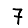
Digit: 7